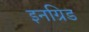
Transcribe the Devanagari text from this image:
इनग्रिड